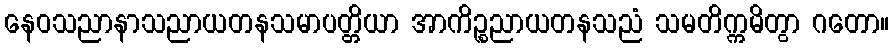
နေဝသညာနာသညာယတနသမာပတ္တိယာ အာကိဉ္စညာယတနသညံ သမတိက္ကမိတွာ ဂတော။